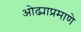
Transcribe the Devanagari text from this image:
ओढ्याप्रमाणे